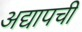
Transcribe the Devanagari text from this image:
अद्यापची